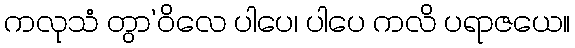
ကလုသံ တွာ’ဝိလေ ပါပေ၊ ပါပေ ကလိ ပရာဇယေ။